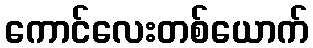
ကောင်လေးတစ်ယောက်